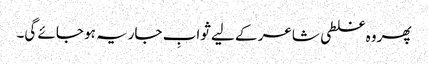
پھر وہ غلطی شاعر کے لیے ثوابِ جاریہ ہو جائے گی۔